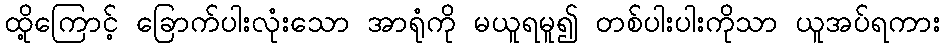
ထို့ကြောင့် ခြောက်ပါးလုံးသော အာရုံကို မယူရမူ၍ တစ်ပါးပါးကိုသာ ယူအပ်ရကား